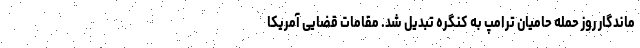
ماندگار روز حمله حامیان ترامپ به کنگره تبدیل شد. مقامات قضایی آمریکا